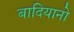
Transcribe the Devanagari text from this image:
बादियानो